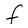
Character: F